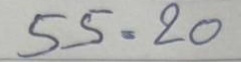
55 = 20